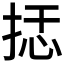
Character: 𰓭